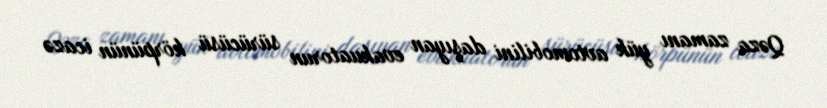
Qəza zamanı yük avtomobilini daşıyan evakuatorun sürücüsü körpünün icazə